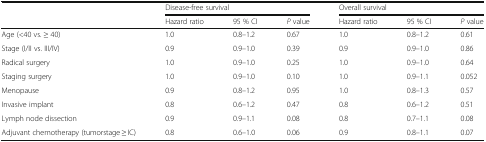
<table><thead><tr><td rowspan="2"></td><td colspan="3"><b>Disease-free survival</b></td><td colspan="3"><b>Overall survival</b></td></tr><tr><td><b>Hazard ratio</b></td><td><b>95 % CI</b></td><td><b><i>P</i> value</b></td><td><b>Hazard ratio</b></td><td><b>95 % CI</b></td><td><b><i>P</i> value</b></td></tr></thead><tbody><tr><td>Age (&lt;40 vs. ≥ 40)</td><td>1.0</td><td>0.8–1.2</td><td>0.67</td><td>1.0</td><td>0.8–1.2</td><td>0.61</td></tr><tr><td>Stage (I/II vs. III/IV)</td><td>0.9</td><td>0.9–1.0</td><td>0.39</td><td>0.9</td><td>0.9–1.0</td><td>0.86</td></tr><tr><td>Radical surgery</td><td>1.0</td><td>0.9–1.0</td><td>0.25</td><td>1.0</td><td>0.9–1.0</td><td>0.64</td></tr><tr><td>Staging surgery</td><td>1.0</td><td>0.9–1.0</td><td>0.10</td><td>1.0</td><td>0.9–1.1</td><td>0.052</td></tr><tr><td>Menopause</td><td>0.9</td><td>0.8–1.2</td><td>0.95</td><td>1.0</td><td>0.8–1.3</td><td>0.57</td></tr><tr><td>Invasive implant</td><td>0.8</td><td>0.6–1.2</td><td>0.47</td><td>0.8</td><td>0.6–1.2</td><td>0.51</td></tr><tr><td>Lymph node dissection</td><td>0.9</td><td>0.9–1.1</td><td>0.08</td><td>0.8</td><td>0.7–1.1</td><td>0.08</td></tr><tr><td>Adjuvant chemotherapy (tumorstage ≥ IC)</td><td>0.8</td><td>0.6–1.0</td><td>0.06</td><td>0.9</td><td>0.8–1.1</td><td>0.07</td></tr></tbody></table>